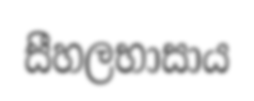
සීහලභාසාය